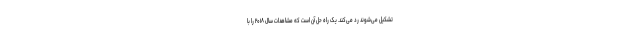
تشکیل می‌شوند رد می‌کند. یک راه حل آن است که مشاهدات سال ۲۰۱۸ را با